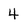
Character: 4